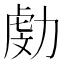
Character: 𠢍